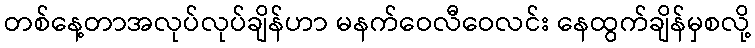
တစ်နေ့တာအလုပ်လုပ်ချိန်ဟာ မနက်ဝေလီဝေလင်း နေထွက်ချိန်မှစလို့